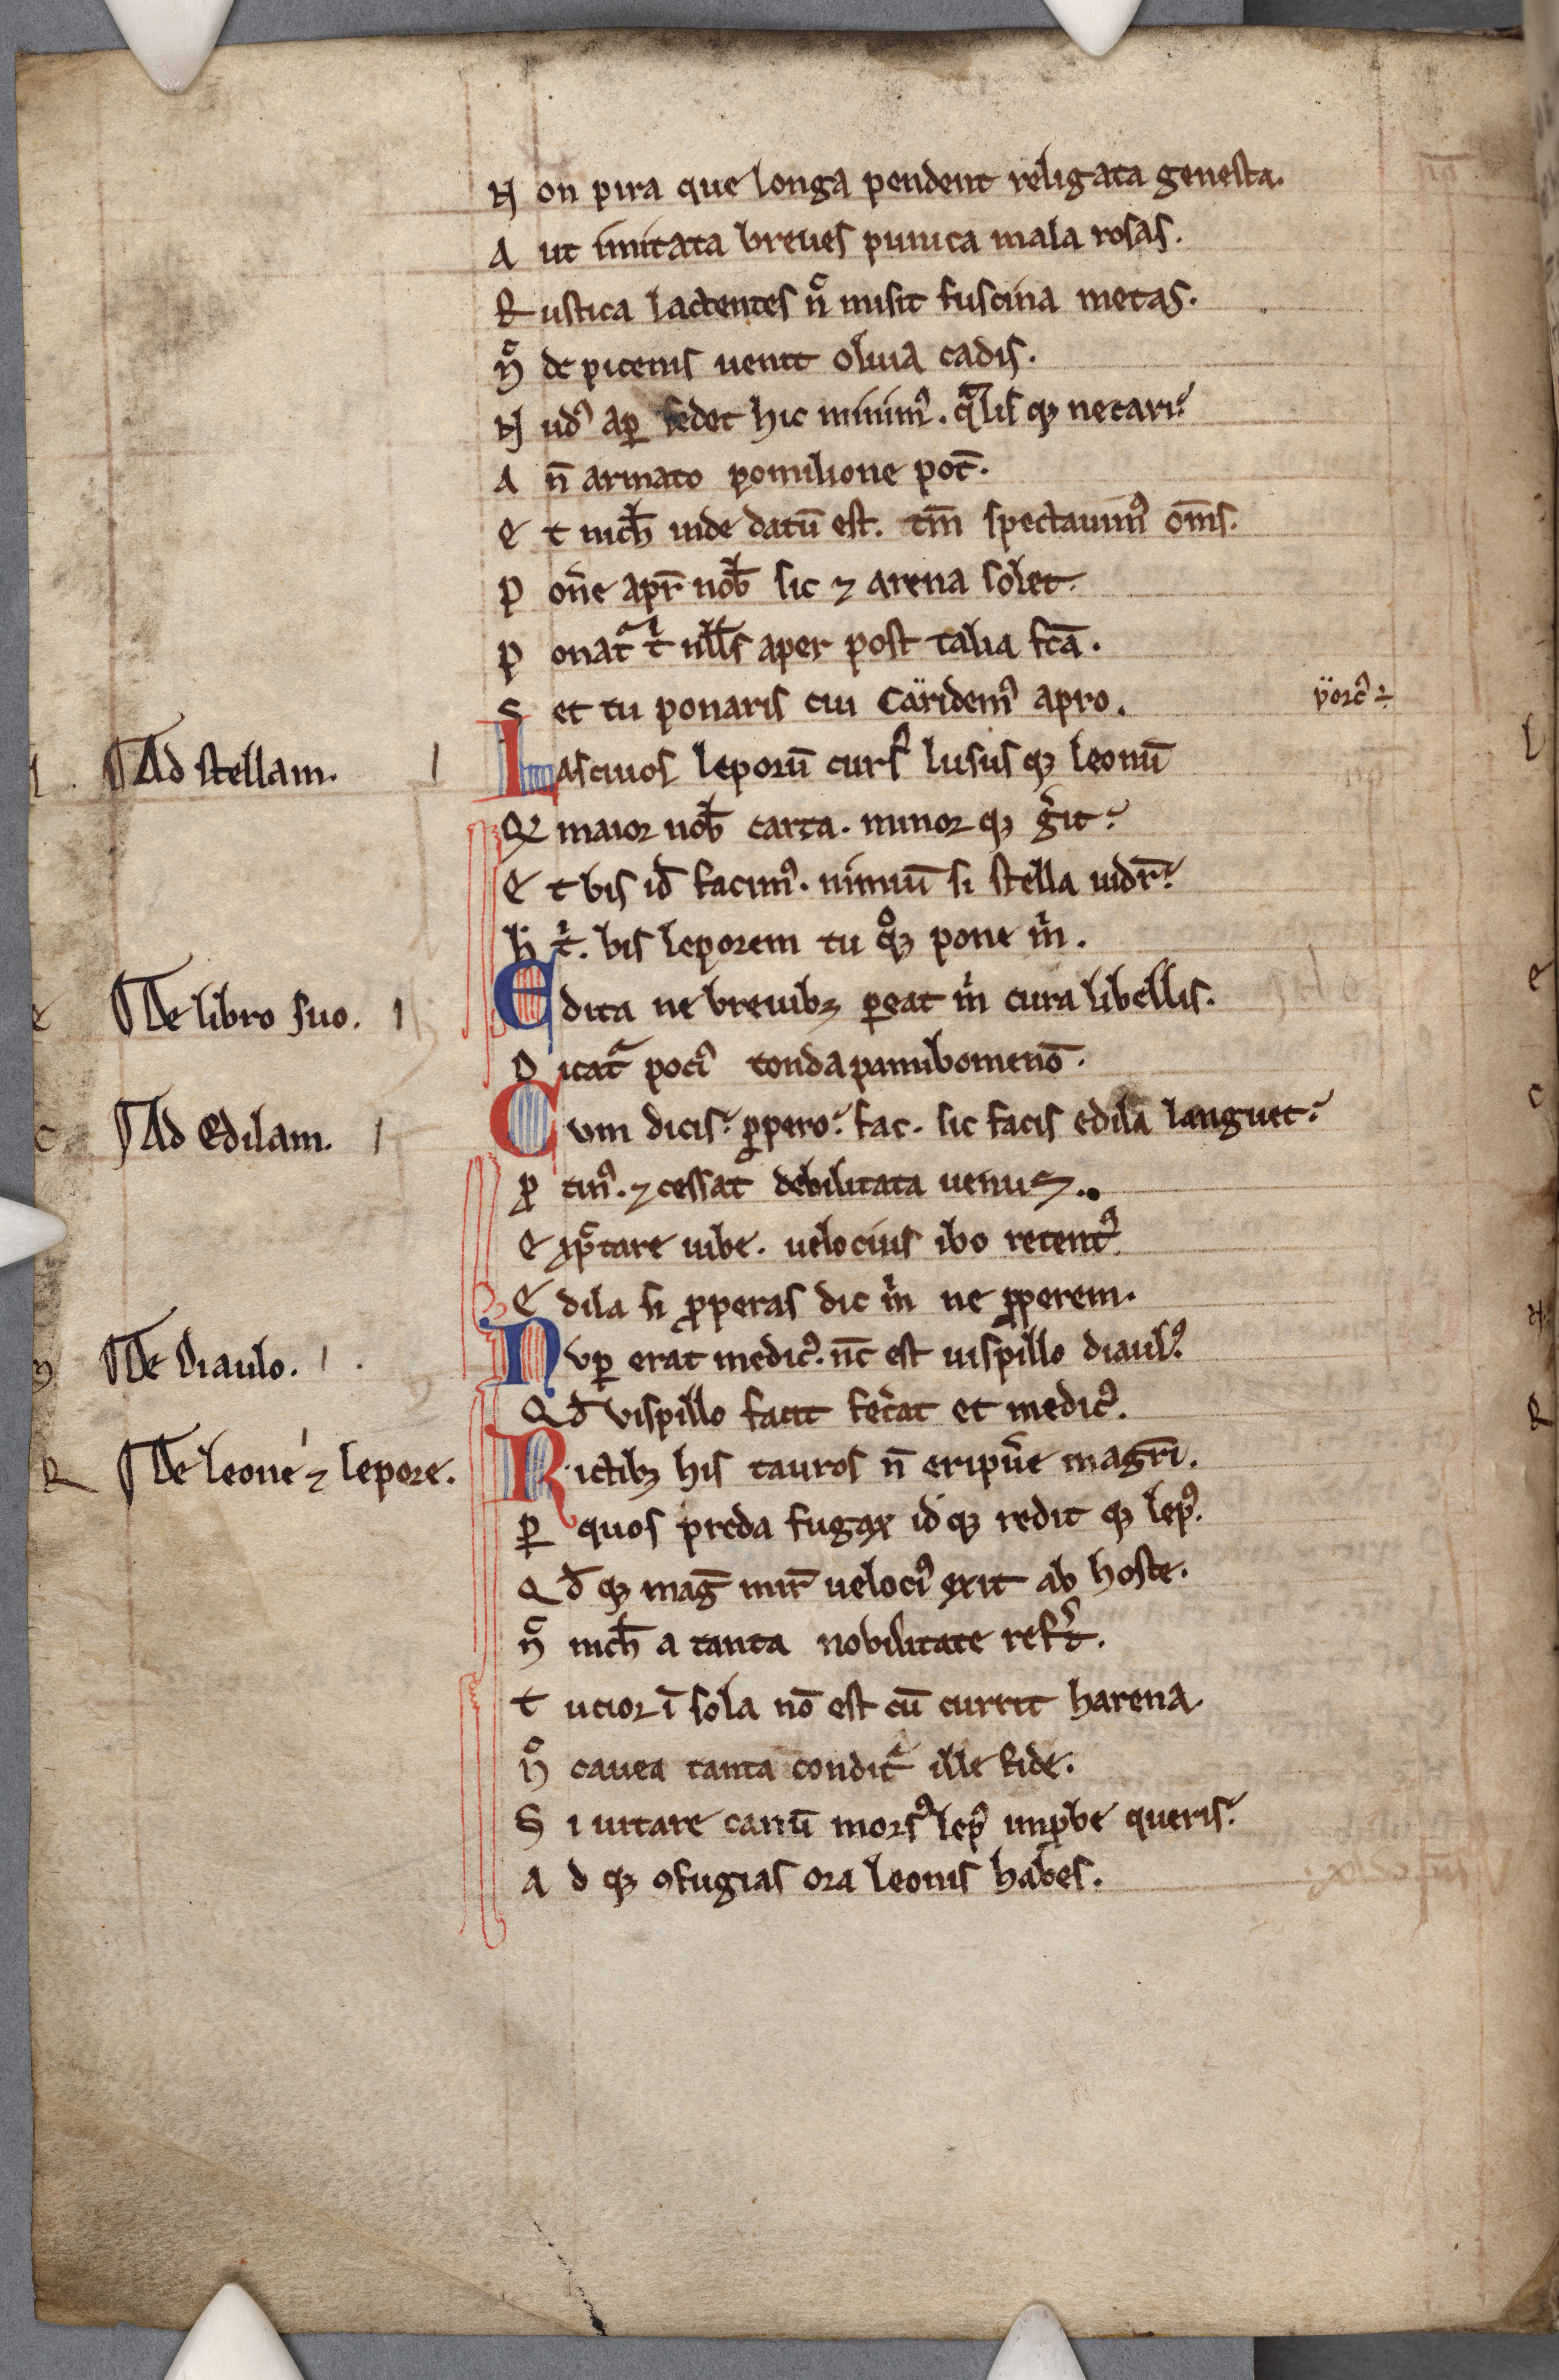
Shelfmark: Cambridge, Corpus Christi College, MS 236
Century: 13